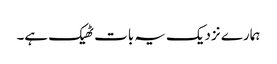
ہمارے نزدیک یہ بات ٹھیک ہے۔